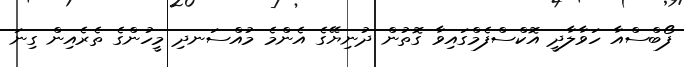
ފޯބްސްއާ ހަވާލާދީ އޮކްސްފެމްގައިވާ ގޮތުން ދުނިޔޭގެ އެންމެ މުއްސަނދި މީހުންގެ ތެރެއިން ގިނަ